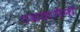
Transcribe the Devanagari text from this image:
एडवरगेमों